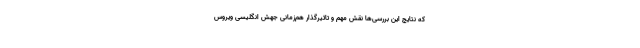
که نتایج این بررسی‌ها نقش مهم و تاثیرگذار هم‌زمانی جهش انگلیسی ویروس